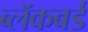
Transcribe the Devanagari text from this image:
ब्लॅकबर्ड